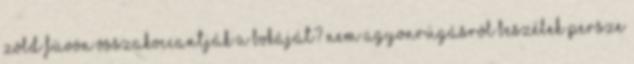
zöld füvön összakoccantják a bokáját? nem agyonrúgásról beszélek persze